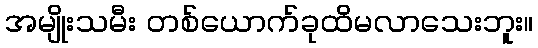
အမျိုးသမီး တစ်ယောက်ခုထိမလာသေးဘူး။